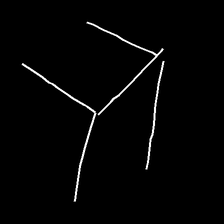
Glyph: gather